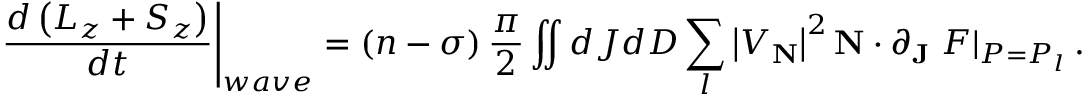
\left. \frac { d \left( L _ { z } + S _ { z } \right) } { d t } \right| _ { w a v e } = \left( n - \sigma \right) \frac { \pi } { 2 } \iint d J d D \sum _ { l } \left| V _ { \mathbf { N } } \right| ^ { 2 } \mathbf { N } \cdot \partial _ { \mathbf { J } } \left. F \right| _ { P = P _ { l } } .